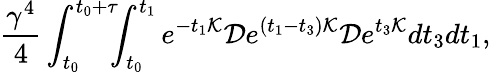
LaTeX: \frac{\gamma^{4}}{4}\int_{t_{0}}^{t_{0}+\tau}\! \! \! \int_{t_{0}}^{t_{1}}e^{-t_{1}\mathcal{K}}\mathcal{D}e^{(t_{1}-t_{3})\mathcal{K}}\mathcal{D}e^{t_{3}\mathcal{K}}dt_{3}dt_{1},